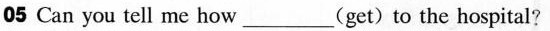
05 Can you tell me how ___ (get) to the hospital?